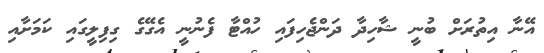
އޭނާ އިތުރަށް ބުނީ ޝާހިދާ ދަންޖެހިފައި ހުއްޓާ ފެނުނީ އެގޭގެ ގިފިލީގައި ކަމަށާއި